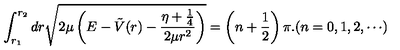
\int _ { r _ { 1 } } ^ { r _ { 2 } } d r \sqrt { 2 \mu \left( E - \tilde { V } ( r ) - \frac { \eta + \frac { 1 } { 4 } } { 2 \mu r ^ { 2 } } \right) } = \left( n + \frac { 1 } { 2 } \right) \pi . ( n = 0 , 1 , 2 , \cdots )